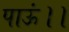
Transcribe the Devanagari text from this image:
पाऊं।।